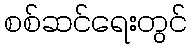
စစ်ဆင်ရေးတွင်